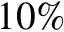
1 0 \%